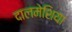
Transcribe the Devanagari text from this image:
दालमेशिया